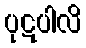
ပုဋပါလိ